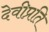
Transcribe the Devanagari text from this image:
देवीप्रति